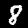
Digit: 8